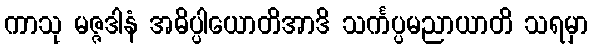
ကာသု မဇ္ဇဒါနံ အဓိပ္ပါယောတိအာဒိ သင်္ကပ္ပမညာယာတိ သရမှာ